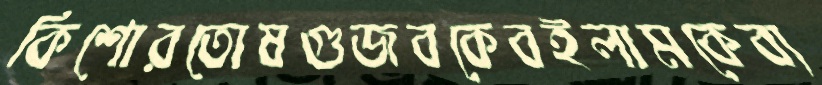
কিশোরতোষগুজবকেবইলামকেব্য